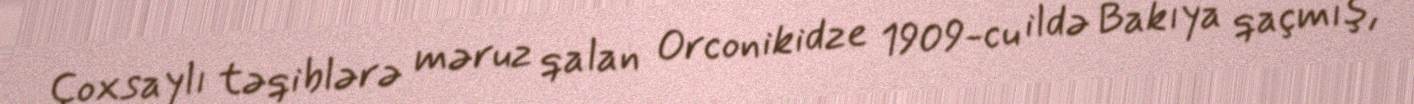
Çoxsaylı təqiblərə məruz qalan Orconikidze 1909-cu ildə Bakıya qaçmış,